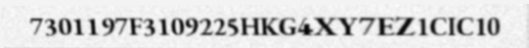
7301197F3109225HKG4XY7EZ1CIC10